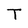
Character: T